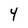
Character: 4